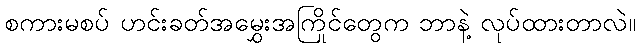
စကားမစပ် ဟင်းခတ်အမွှေးအကြိုင်တွေက ဘာနဲ့ လုပ်ထားတာလဲ။